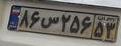
۸۶س۲۵۶۵۳